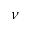
\nu